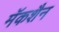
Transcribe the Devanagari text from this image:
मॅकशैन